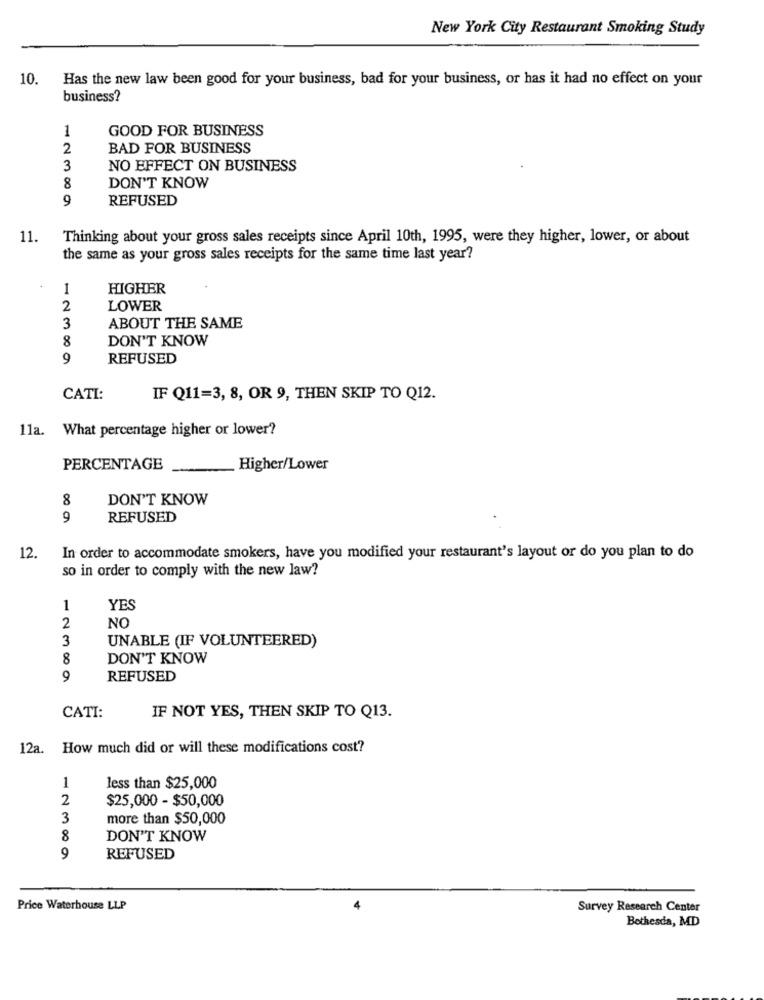
New York City Restaurant Smoking Study
10.
Has the new law been good for your business, bad for your business, or has it had no effect on your
business?
1
GOOD FOR BUSINESS
2
BAD FOR BUSINESS
3
NO EFFECT ON BUSINESS
8
DON'T KNOW
9
REFUSED
11.
Thinking about your gross sales receipts since April 10th, 1995, were they higher, lower, or about
the same as your gross sales receipts for the same time last year?
1
HIGHER
2
LOWER
3
ABOUT THE SAME
8
DON'T KNOW
9
REFUSED
CATI:
IF Q11=3, 8, OR 9, THEN SKIP TO Q12.
11a. What percentage higher or lower?
PERCENTAGE
Higher/Lower
8
DON'T KNOW
9
REFUSED
12.
In order to accommodate smokers, have you modified your restaurant's layout or do you plan to do
so in order to comply with the new law?
1
YES
2
NO
3
UNABLE (IF VOLUNTEERED)
8
DON'T KNOW
9
REFUSED
CATI:
IF NOT YES, THEN SKIP TO Q13.
12a. How much did or will these modifications cost?
1
less than $25,000
2
$25,000 - $50,000
3
more than $50,000
8
DON'T KNOW
9
REFUSED
Price Waterhouse LLP
Survey Research Center
Bethesda, MD